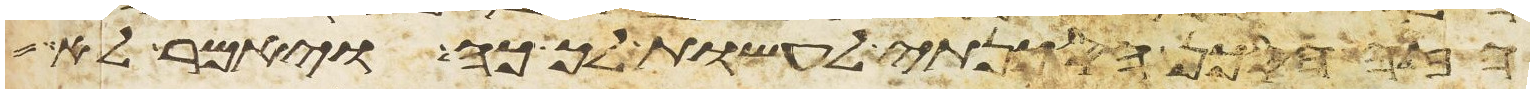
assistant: הזה הסכן הסכנתי לעשות לך כה ויאמר לא